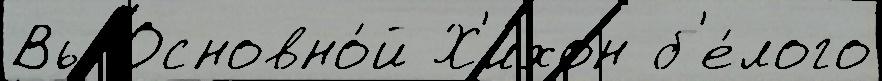
Вы Основно́й Х'ихон б'е́лого